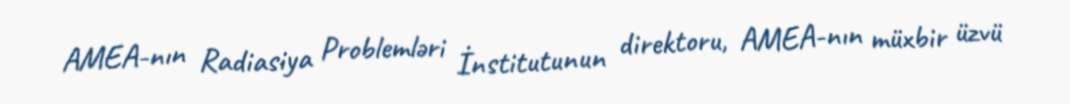
AMEA-nın Radiasiya Problemləri İnstitutunun direktoru, AMEA-nın müxbir üzvü